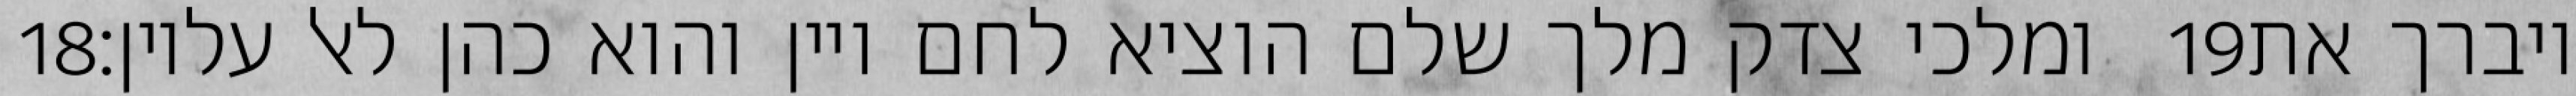
‎18‏ ומלכי צדק מלך שלם הוציא לחם ויין והוא כהן לאל עליון׃ ‎19‏ ויברך את